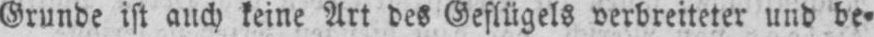
Grunde ist auch keine Art des Geflügels verbreiteter und be⸗